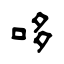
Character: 哆